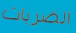
الضربات